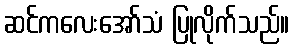
ဆင်ကလေးအော်သံ ပြုလိုက်သည်။